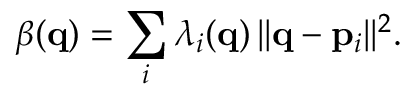
\beta ( { \bf q } ) = \sum _ { i } \lambda _ { i } ( { \bf q } ) \, | | { \bf q } - { \bf p } _ { i } | | ^ { 2 } .